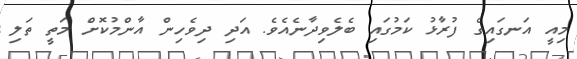
މިއީ އަނގައިގެ ފުރާޅު ކަމުގައި ބެލެވިދާނެއެވެ. އަދި ދިވެހިން އާންމުކޮށް މަތީ ތަލި